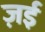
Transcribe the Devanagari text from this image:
ज़ई